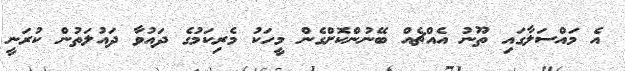
އެ މައްސަލާގައި ތޫނު އެއްޗެއް ބޭނުންކޮށްގެން މީހަކު މެރިކަމުގެ ދައުވާ ދައުލަތުން ކުރަނީ